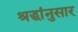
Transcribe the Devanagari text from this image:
श्रद्धांनुसार